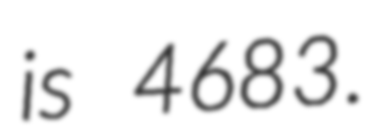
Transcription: is 4683.